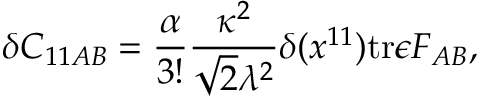
\delta C _ { 1 1 A B } = { \frac { \alpha } { 3 ! } } { \frac { \kappa ^ { 2 } } { \sqrt { 2 } \lambda ^ { 2 } } } \delta ( x ^ { 1 1 } ) \mathrm { t r } \epsilon F _ { A B } ,